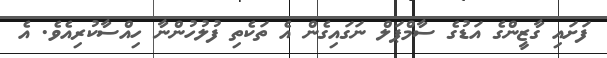
ފަށައި ގާޒީންގެ އަޑުގެ ސާމްޕަލް ނަގައިގެން އެ ތަކެތި ފުލުހުންނާ ހިއްސާކުރިއެވެ. އެ